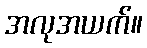
အလုအယက်။